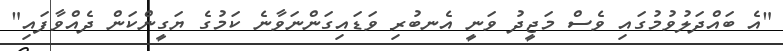
"އެ ބައްދަލުވުމުގައި ވެސް މަޖީދު ވަނީ އެނބުރި ވަޑައިގަންނަވާނެ ކަމުގެ ޔަގީންކަން ދެއްވާފައި"